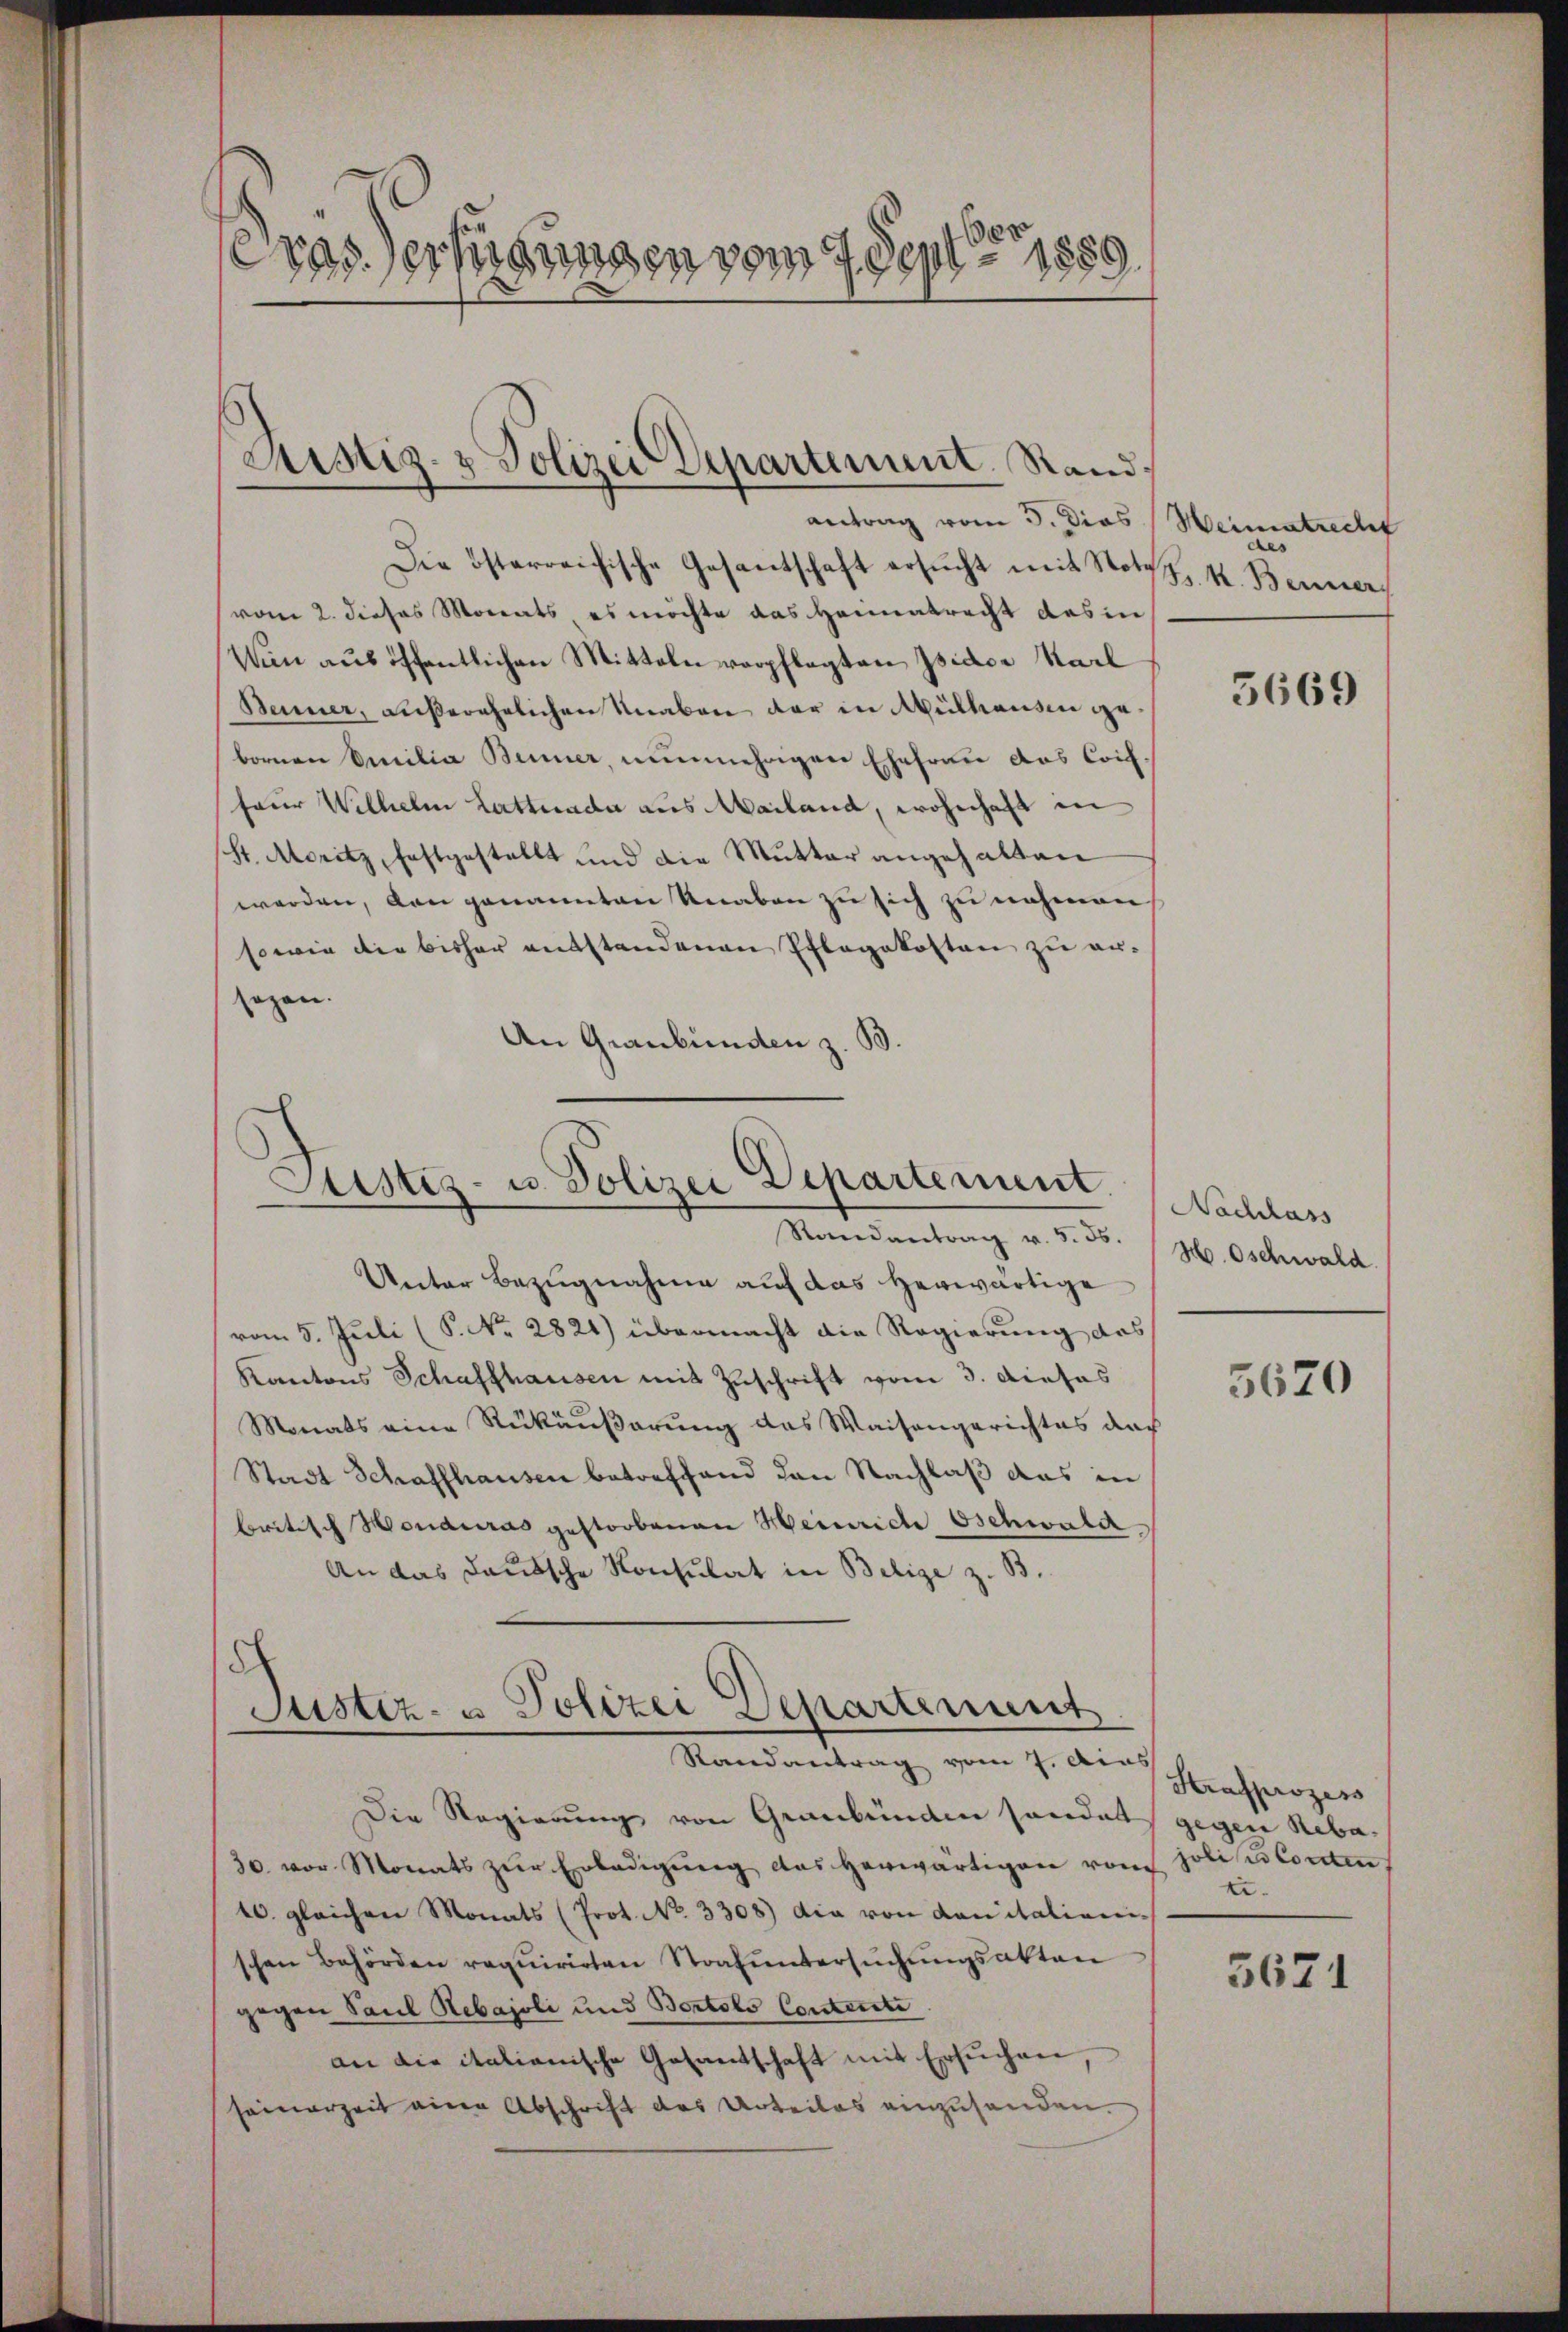
Cras. erfügungen vom 4 Sept 1889

Die österreichische Gesantschaft ersŭcht mit Notz
vom 2. dieses Monats es möchte das Heimatrecht des in
Wen aus öffentlichen Mitteln verpflegten Isidor Karl
Benner, außerehrlichen Knaben der in Mülhausen gebornen Emilia Benner, nunmehrigen Ehefrau das Coif.
feur Wilhelm Lattuada aus Mailand, wohnhaft in
(St. Moritz, festgestellt und die Mutter angehalten
werden, von genannten Knaben zu sich zu nahmen
sowie die bisher entstandenen Pflegekosten zu ersogen.
An Graubünden z. B.

Justiz- & Polizei Departement. Stand,
antrag vom 3. Dios (Weimatrecht

Justiz- u. Polizei Departement.
Randantrag v. 5. 55. (H. Oschwald

Unter Bezugnahme auf das herwärtige
vom 5. Juli (S. Nr. 2821) übermacht die Regierung das
Kantons Schaffhausen mit Zuschrift vom 3. Dieses
Monats eine Rükäußerung das Waisengerichtes das
Stadt Schaffhausen betreffend den Nachlaß das in
britisch Honduras gestorbenen Heinriche Oschwald
An das deutsche Konsulat in Belige z. B.

8
Justiz- u. Polizei Departement
Randantrag vom 7. dies

Die Regierung von Graubünden sonder gegen Reba¬
30. vor Monats zŭr Erledigŭng das herwärtigen vom Police Conten
10. gleichen Monats (Prot. No. 3308) die von Lanitationischen Behörden requirirten Strafuntersuchungsakten
gegen Paul Rebajoli und Bertolo Contenste
an die italienische Gesantschaft mit ersŭchen
seinerzeit eine Abschrift des Urteiles einzuhanden.

des
Bs. k. Benner

5669

Nachlass

5620

Strafprozess
ti.

5671